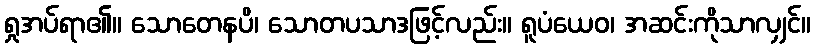
ရှုအပ်ရာ၏။ သောတေနပိ၊ သောတပသာဒဖြင့်လည်း။ ရူပံယေဝ၊ အဆင်းကိုသာလျှင်။